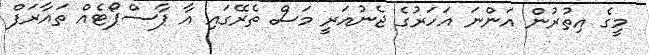
މީގެ އިތުރުން އަންނަ އަހަރުގެ ޖެނުއަރީ މަސް ތެރޭގައި އާ ޕާސްޕޯޓެއް ތައާރަފް